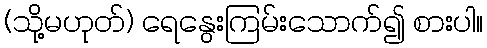
(သို့မဟုတ်) ရေနွေးကြမ်းသောက်၍ စားပါ။